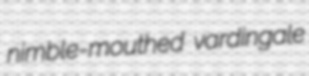
nimble-mouthed vardingale